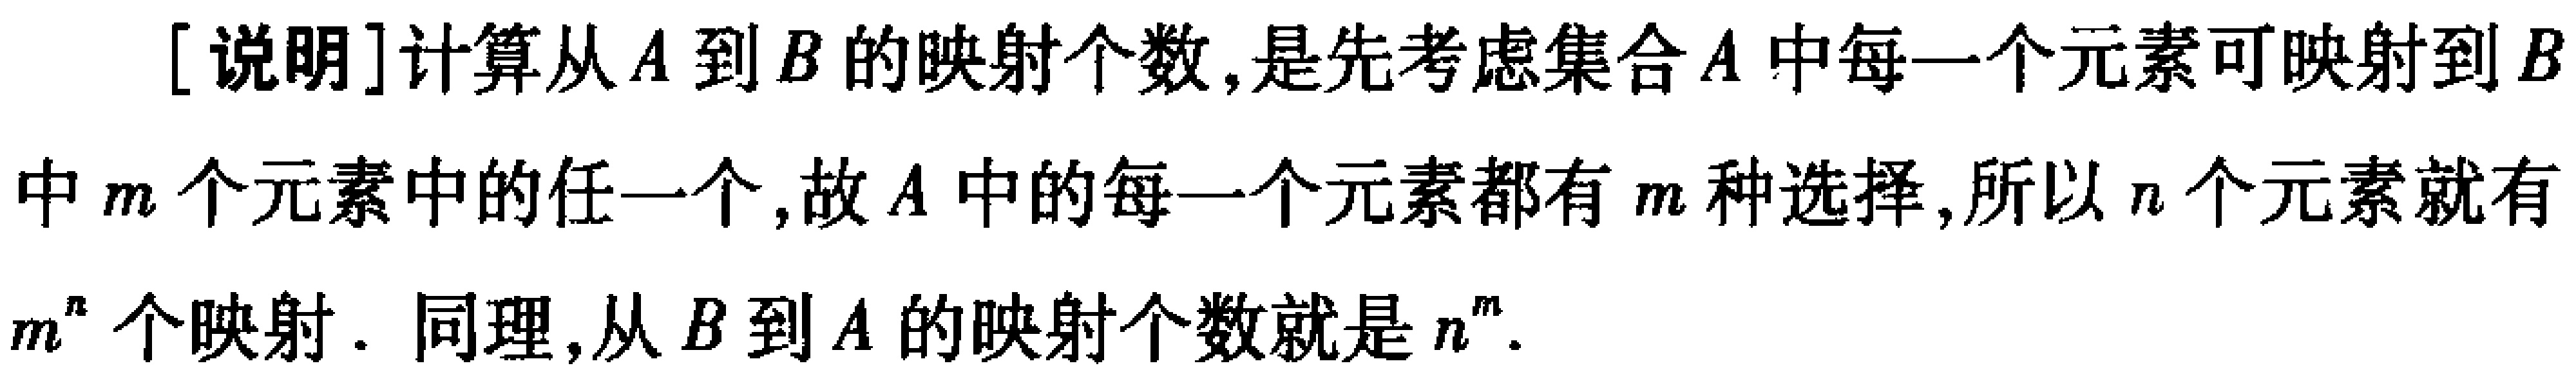
[说明]计算从\(A\)到\(B\)的映射个数,是先考虑集合\(A\)中每一个元素可映射到\(B\)中\(m\)个元素中的任一个,故\(A\)中的每一个元素都有\(m\)种选择,所以\(n\)个元素就有\(m^{n}\)个映射. 同理,从\(B\)到\(A\)的映射个数就是\(n^{m}\).